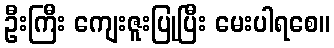
ဦးကြီး ကျေးဇူးပြုပြီး မေးပါရစေ။